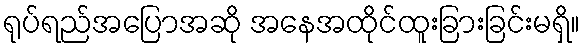
ရုပ်ရည်အပြောအဆို အနေအထိုင်ထူးခြားခြင်းမရှိ။